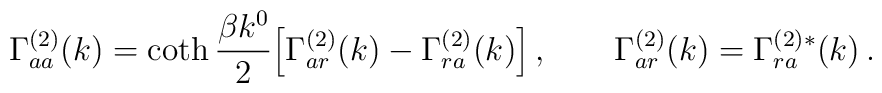
\Gamma^{(2)}_{aa}(k) = \coth{{\beta k^0}\over 2}      \Bigl[ \Gamma^{(2)}_{ar}(k)-\Gamma^{(2)}_{ra}(k)\Bigr]\, ,\qquad    \Gamma^{(2)}_{ar}(k) = \Gamma^{(2)*}_{ra}(k)\, .